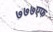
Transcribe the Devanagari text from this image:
७७७एफ